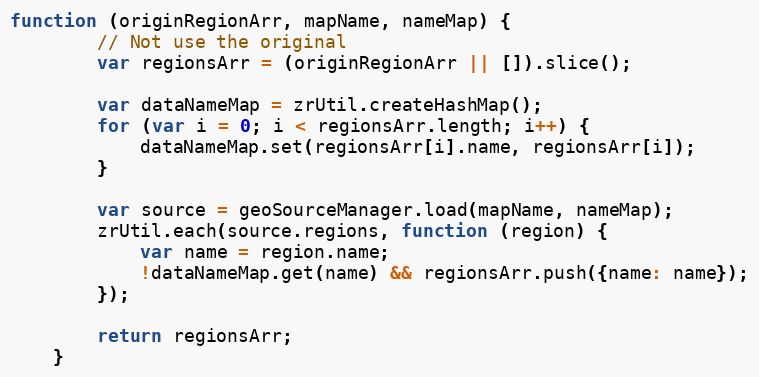
Language: JavaScript
function (originRegionArr, mapName, nameMap) {
        // Not use the original
        var regionsArr = (originRegionArr || []).slice();

        var dataNameMap = zrUtil.createHashMap();
        for (var i = 0; i < regionsArr.length; i++) {
            dataNameMap.set(regionsArr[i].name, regionsArr[i]);
        }

        var source = geoSourceManager.load(mapName, nameMap);
        zrUtil.each(source.regions, function (region) {
            var name = region.name;
            !dataNameMap.get(name) && regionsArr.push({name: name});
        });

        return regionsArr;
    }